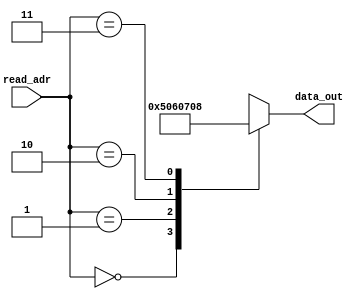
module ROM#(parameter k = 8,parameter l = 4,parameter m = 2)(


    input wire [m-1:0] read_adr,
    output wire [k-1:0] data_out

    );
    
    reg [k-1:0] ROM [l-1:0];
    
    assign  data_out = ROM[read_adr];
    
    always @(*) begin
    
    ROM[0] = 8'd5;
    ROM[1] = 8'd6; 
    ROM[2] = 8'd7; 
    ROM[3] = 8'd8;  
    
    end
     
    
    
endmodule